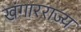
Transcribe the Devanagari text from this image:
खंगारराज्य